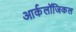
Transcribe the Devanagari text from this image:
आर्कलॉजिकल